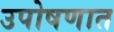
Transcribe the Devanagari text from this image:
उपोषणात